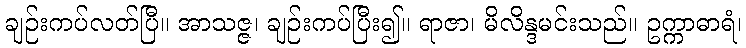
ချဉ်းကပ်လတ်ပြီ။ အာသဇ္ဇ၊ ချဉ်းကပ်ပြီး၍။ ရာဇာ၊ မိလိန္ဒမင်းသည်။ ဥက္ကာဓာရံ၊